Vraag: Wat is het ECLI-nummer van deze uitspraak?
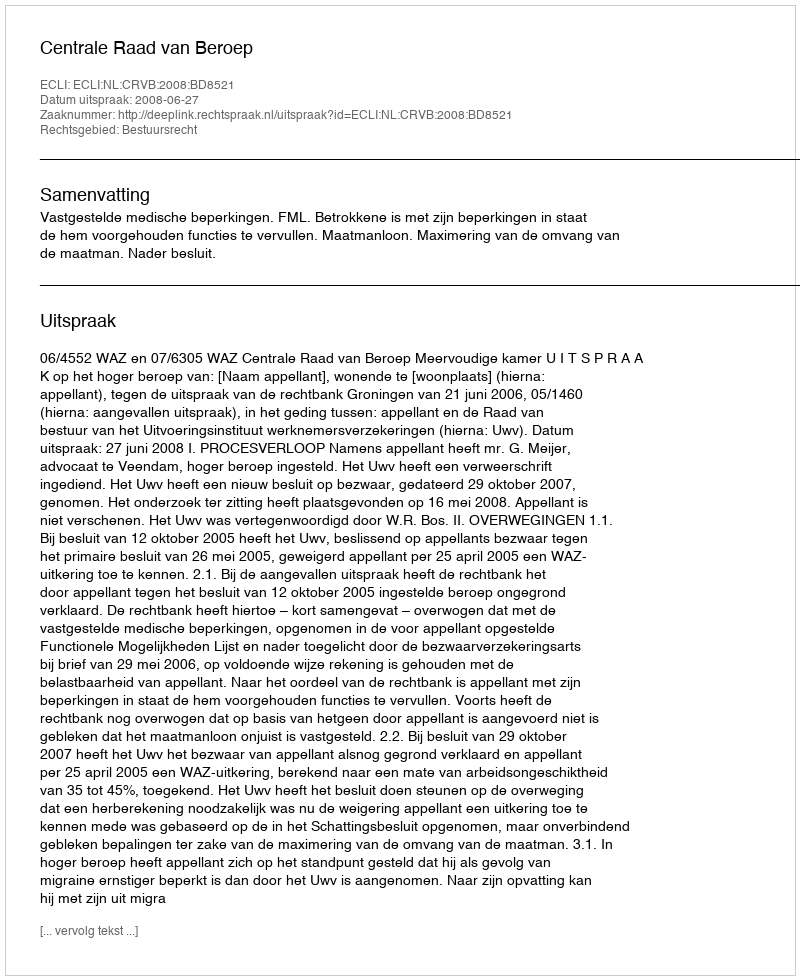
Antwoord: ECLI:NL:CRVB:2008:BD8521